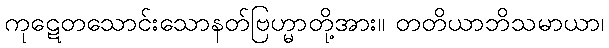
ကုဋေတသောင်းသောနတ်ဗြဟ္မာတို့အား။ တတိယာဘိသမာယာ၊